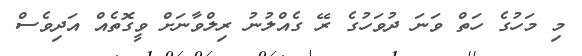
މި މަހުގެ ހަތް ވަނަ ދުވަހުގެ ރޭ ގެއްލުނު ރިލްވާނަށް ވީގޮތެއް އަދިވެސް